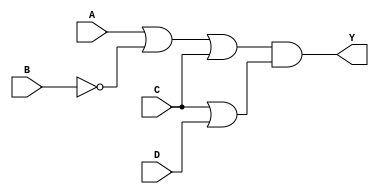
module pos_simplification (
    input wire A,
    input wire B,
    input wire C,
    input wire D,
    output wire Y
);

// Sum terms definitions
wire sum1; // e.g., (A + B' + C)
wire sum2; // e.g., (C + D)

// Logic for the sum terms
assign sum1 = A | (~B) | C; // (A + B' + C)
assign sum2 = C | D;        // (C + D)

// Product of sums
assign Y = sum1 & sum2; // Output Y = (A + B' + C)(C + D)

endmodule